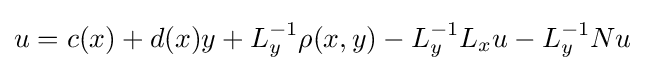
u=c(x)+d(x)y+L_{y}^{-1}\rho (x,y)-L_{y}^{-1}L_{x}u-L_{y}^{-1}Nu